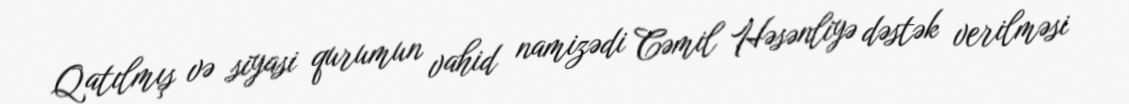
Qatılmış və siyasi qurumun vahid namizədi Cəmil Həsənliyə dəstək verilməsi